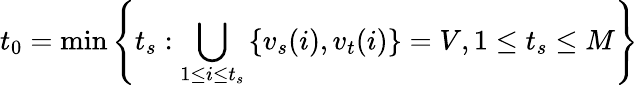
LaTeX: t_{0}=\operatorname*{min}\left\{ t_{s}:\bigcup_{1\le i\le t_{s}}\left\{ {v_{s}}(i),{v_{t}}(i)\right\} =V,1\le t_{s}\le M\right\}